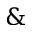
\&